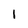
Character: 1